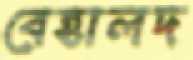
বেহালদ